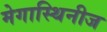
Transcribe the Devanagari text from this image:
मेगास्थिनीज